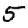
Digit: 5